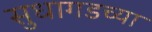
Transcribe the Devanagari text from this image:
सुधागडच्या